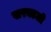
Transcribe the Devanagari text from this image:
खरवडली